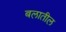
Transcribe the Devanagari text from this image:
बलातील